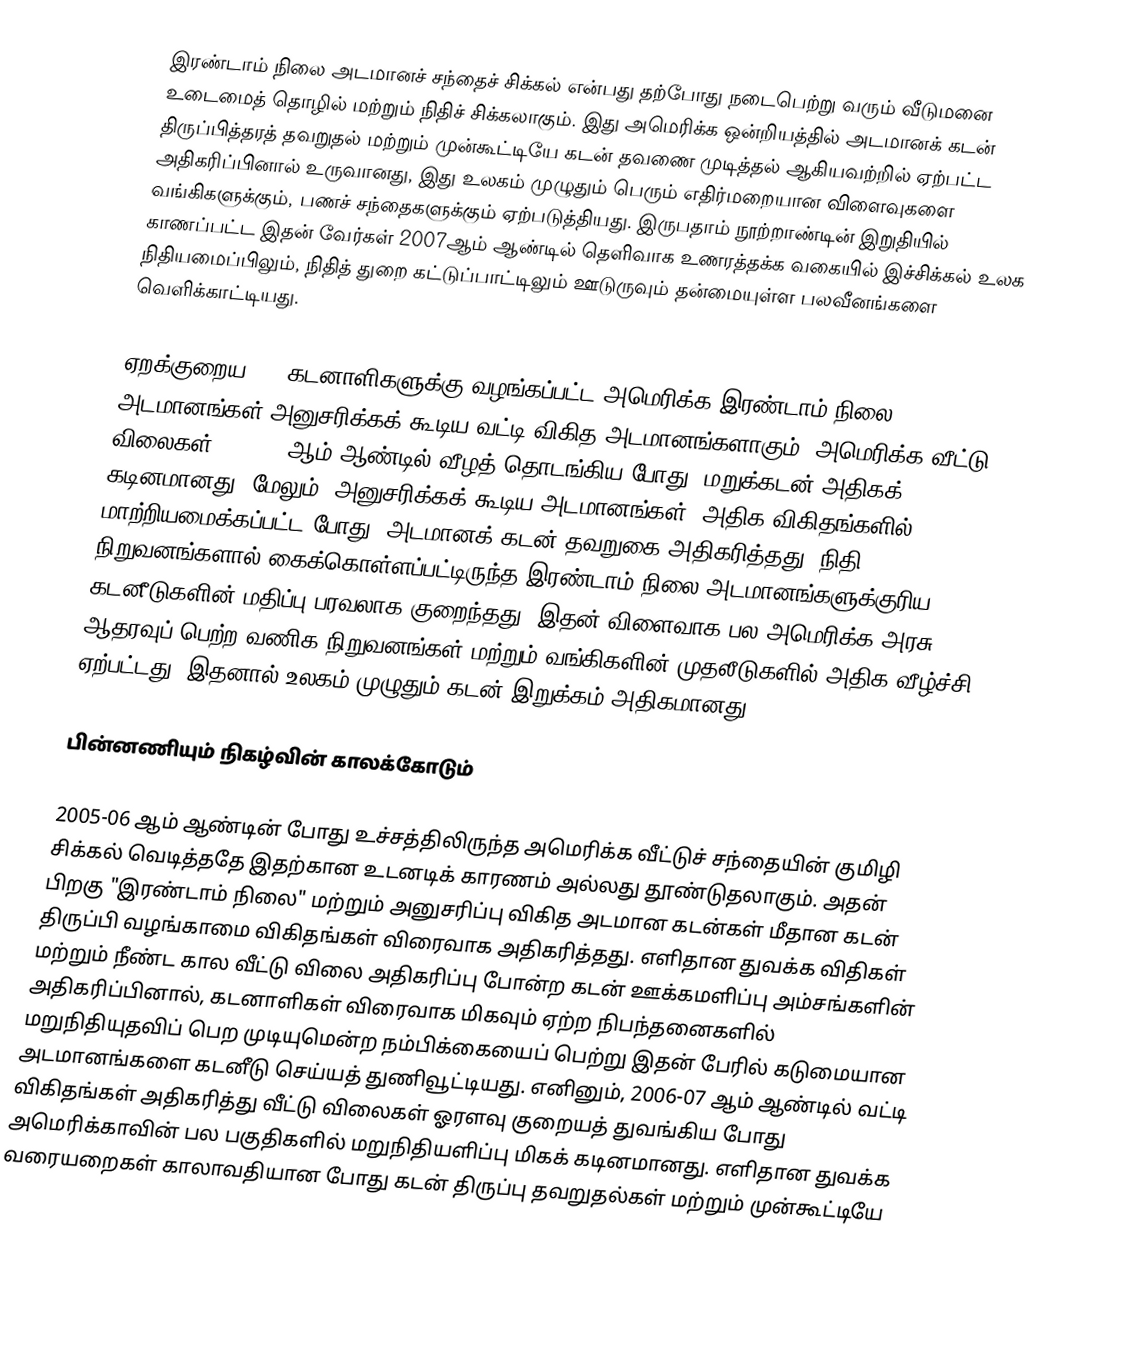
இரண்டாம் நிலை அடமானச் சந்தைச் சிக்கல் என்பது தற்போது நடைபெற்று வரும் வீடுமனை உடைமைத் தொழில் மற்றும் நிதிச் சிக்கலாகும். இது அமெரிக்க ஒன்றியத்தில் அடமானக் கடன் திருப்பித்தரத் தவறுதல் மற்றும் முன்கூட்டியே கடன் தவணை முடித்தல் ஆகியவற்றில் ஏற்பட்ட அதிகரிப்பினால் உருவானது, இது உலகம் முழுதும் பெரும் எதிர்மறையான விளைவுகளை வங்கிகளுக்கும், பணச் சந்தைகளுக்கும் ஏற்படுத்தியது. இருபதாம் நூற்றாண்டின் இறுதியில் காணப்பட்ட இதன் வேர்கள் 2007ஆம் ஆண்டில் தெளிவாக உணரத்தக்க வகையில் இச்சிக்கல் உலக நிதியமைப்பிலும், நிதித் துறை கட்டுப்பாட்டிலும் ஊடுருவும் தன்மையுள்ள பலவீனங்களை வெளிக்காட்டியது.

ஏறக்குறைய 80% கடனாளிகளுக்கு வழங்கப்பட்ட அமெரிக்க இரண்டாம் நிலை அடமானங்கள் அனுசரிக்கக் கூடிய வட்டி விகித அடமானங்களாகும். அமெரிக்க வீட்டு விலைகள் 2006-07 ஆம் ஆண்டில் வீழத் தொடங்கிய போது, மறுக்கடன் அதிகக் கடினமானது. மேலும், அனுசரிக்கக் கூடிய அடமானங்கள், அதிக விகிதங்களில் மாற்றியமைக்கப்பட்ட போது, அடமானக் கடன் தவறுகை அதிகரித்தது. நிதி நிறுவனங்களால் கைக்கொள்ளப்பட்டிருந்த இரண்டாம் நிலை அடமானங்களுக்குரிய கடனீடுகளின் மதிப்பு பரவலாக குறைந்தது. இதன் விளைவாக பல அமெரிக்க அரசு ஆதரவுப் பெற்ற வணிக நிறுவனங்கள் மற்றும் வங்கிகளின் முதலீடுகளில் அதிக வீழ்ச்சி ஏற்பட்டது, இதனால் உலகம் முழுதும் கடன் இறுக்கம் அதிகமானது.

பின்னணியும் நிகழ்வின் காலக்கோடும்

2005-06 ஆம் ஆண்டின் போது உச்சத்திலிருந்த அமெரிக்க வீட்டுச் சந்தையின் குமிழி சிக்கல் வெடித்ததே இதற்கான உடனடிக் காரணம் அல்லது தூண்டுதலாகும். அதன் பிறகு "இரண்டாம் நிலை" மற்றும் அனுசரிப்பு விகித அடமான கடன்கள் மீதான கடன் திருப்பி வழங்காமை விகிதங்கள் விரைவாக அதிகரித்தது. எளிதான துவக்க விதிகள் மற்றும் நீண்ட கால வீட்டு விலை அதிகரிப்பு போன்ற கடன் ஊக்கமளிப்பு அம்சங்களின் அதிகரிப்பினால், கடனாளிகள் விரைவாக மிகவும் ஏற்ற நிபந்தனைகளில் மறுநிதியுதவிப் பெற முடியுமென்ற நம்பிக்கையைப் பெற்று இதன் பேரில் கடுமையான அடமானங்களை கடனீடு செய்யத் துணிவூட்டியது. எனினும், 2006-07 ஆம் ஆண்டில் வட்டி விகிதங்கள் அதிகரித்து வீட்டு விலைகள் ஓரளவு குறையத் துவங்கிய போது அமெரிக்காவின் பல பகுதிகளில் மறுநிதியளிப்பு மிகக் கடினமானது. எளிதான துவக்க வரையறைகள் காலாவதியான போது கடன் திருப்பு தவறுதல்கள் மற்றும் முன்கூட்டியே